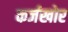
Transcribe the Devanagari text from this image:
कर्जखोर